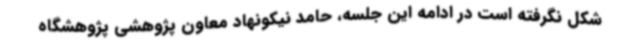
شکل نگرفته است در ادامه این جلسه، حامد نیکونهاد معاون پژوهشی پژوهشگاه